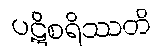
ပဋိစရိဿတိ